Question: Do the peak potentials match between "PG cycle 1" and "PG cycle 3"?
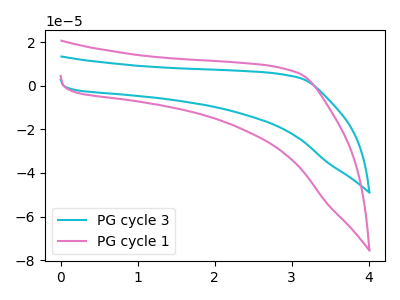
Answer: <think>The cyan curve "PG cycle 3" has no peaks. The pink curve "PG cycle 1" has no peaks.</think>
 <answer>Niether CV has any peaks.</answer>
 <eval>blanks</eval>